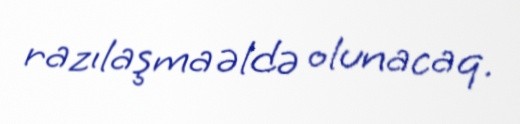
razılaşma əldə olunacaq.